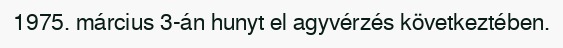
1975. március 3-án hunyt el agyvérzés következtében.